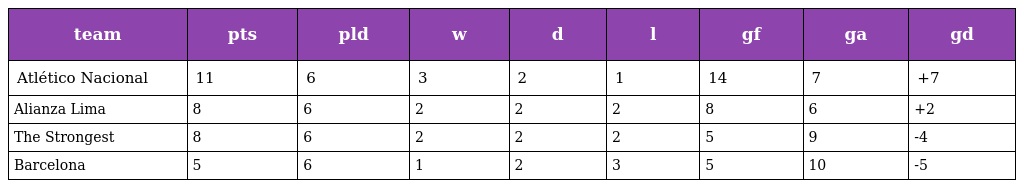
| team | pts | pld | w | d | l | gf | ga | gd |
 | --- | --- | --- | --- | --- | --- | --- | --- | --- |
 | Atlético Nacional | 11 | 6 | 3 | 2 | 1 | 14 | 7 | +7 |
 | Alianza Lima | 8 | 6 | 2 | 2 | 2 | 8 | 6 | +2 |
 | The Strongest | 8 | 6 | 2 | 2 | 2 | 5 | 9 | -4 |
 | Barcelona | 5 | 6 | 1 | 2 | 3 | 5 | 10 | -5 |